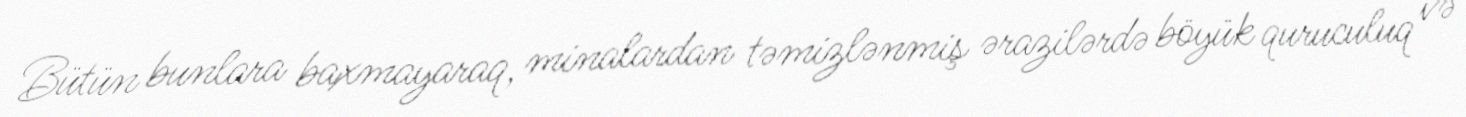
Bütün bunlara baxmayaraq, minalardan təmizlənmiş ərazilərdə böyük quruculuq və